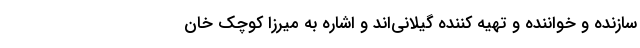
سازنده و خواننده و تهیه کننده گیلانی‌اند و اشاره به میرزا کوچک خان